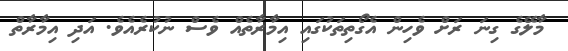
މާލޭގެ ގިނަ ރަށް ވެހިން އެގޯތިތަކުގައި އިމާރާތެއް ވެސް ނުކުރެއެވެ. އަދި އިމާރާތް